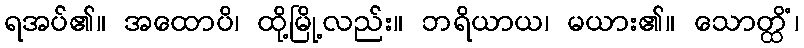
ရအပ်၏။ အထောပိ၊ ထို့မြို့လည်း။ ဘရိယာယ၊ မယား၏။ သောတ္ထိံ၊